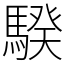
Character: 騤